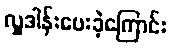
လှူဒါန်းပေးခဲ့ကြောင်း